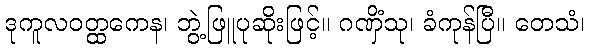
ဒုကူလဝတ္ထကေန၊ ဘွဲ့ဖြူပုဆိုးဖြင့်။ ဂဏှိံသု၊ ခံကုန်ပြီ။ တေသံ၊